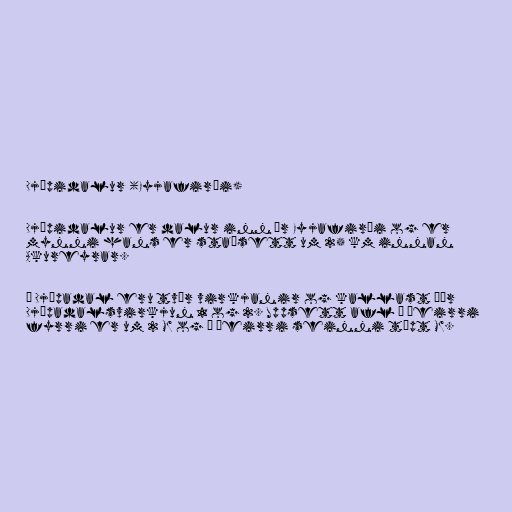
Djúpidalur (Eyjafirði)

Djúpidalur er dalur inn úr Eyjafirði og er
mynni hans er staðsett um 25 km innan
Akureyrar.

Í Djúpadal eru tvær virkjanir og kallast þær
Djúpadalsvirkjun 1 og 2. Uppsett afl í þeirri
fyrri er um 2 MW og í þeirri seinni tæpt MW.